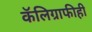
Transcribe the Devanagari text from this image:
कॅलिग्राफीही